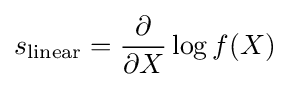
s_{\rm {linear}}={\frac {\partial }{\partial X}}\log f(X)